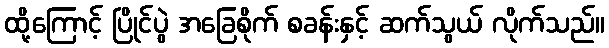
ထို့ကြောင့် ပြိုင်ပွဲ အခြေစိုက် စခန်းနှင့် ဆက်သွယ် လိုက်သည်။